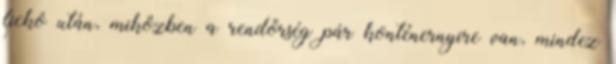
fickó után, miközben a rendőrség pár konténernyire van, mindez